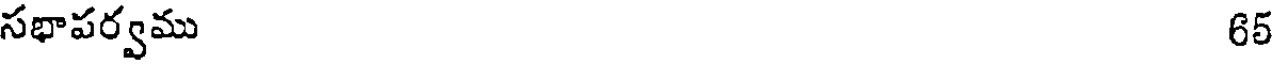
సభాపర్వము 65